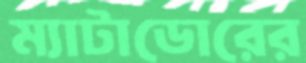
ম্যাটাডোরের